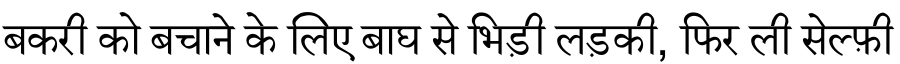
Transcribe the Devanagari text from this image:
बकरी को बचाने के लिए बाघ से भिड़ी लड़की, फिर ली सेल्फ़ी